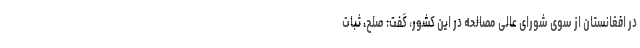
در افغانستان از سوی شورای عالی مصالحه در این کشور، گفت: صلح، ثبات